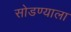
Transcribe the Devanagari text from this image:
सोडण्याला